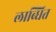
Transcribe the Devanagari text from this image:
लाब्धित